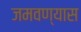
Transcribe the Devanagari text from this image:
जमवण्यास